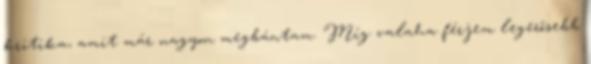
kritika, amit már nagyon megbántam. Míg valaha férjem legerősebb